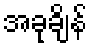
အခုချိန်